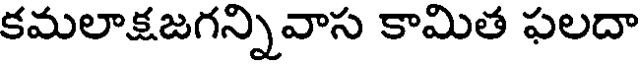
కమలాక్షజగన్నివాస కామిత ఫలదా